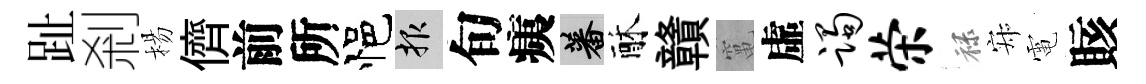
趾剎楊儕前所悒報旬痍蕃酥贛𥧄虛躅荣禄寂電賅